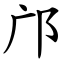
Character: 邝